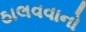
ઠાલવવાનો